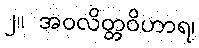
၂။ အဝလိတ္တဝိဟာရ၊